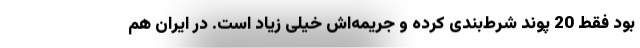
بود فقط 20 پوند شرط‌بندی کرده و جریمه‌اش خیلی زیاد است. در ایران هم